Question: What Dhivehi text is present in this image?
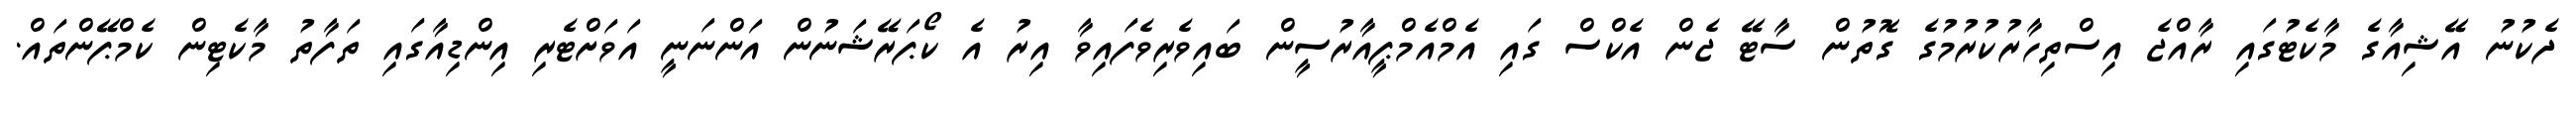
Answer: ދެކުނު އޭޝިއާގެ މާކެޓުގައި ރާއްޖެ އިސްތިހާރުކުރުމުގެ ގޮތުން ސާޓޭ ޖެން އެކްސް ގައި އެމްއެމްޕީއާރުސީން ބައިވެރިވެފައިވާ އިރު އެ ކޯޕަރޭޝަނުން އަންނަނީ އަވަށްޓެރި އިންޑިއާގައި ތަފާތު މާކެޓިން ކެމްޕޭންތައް.